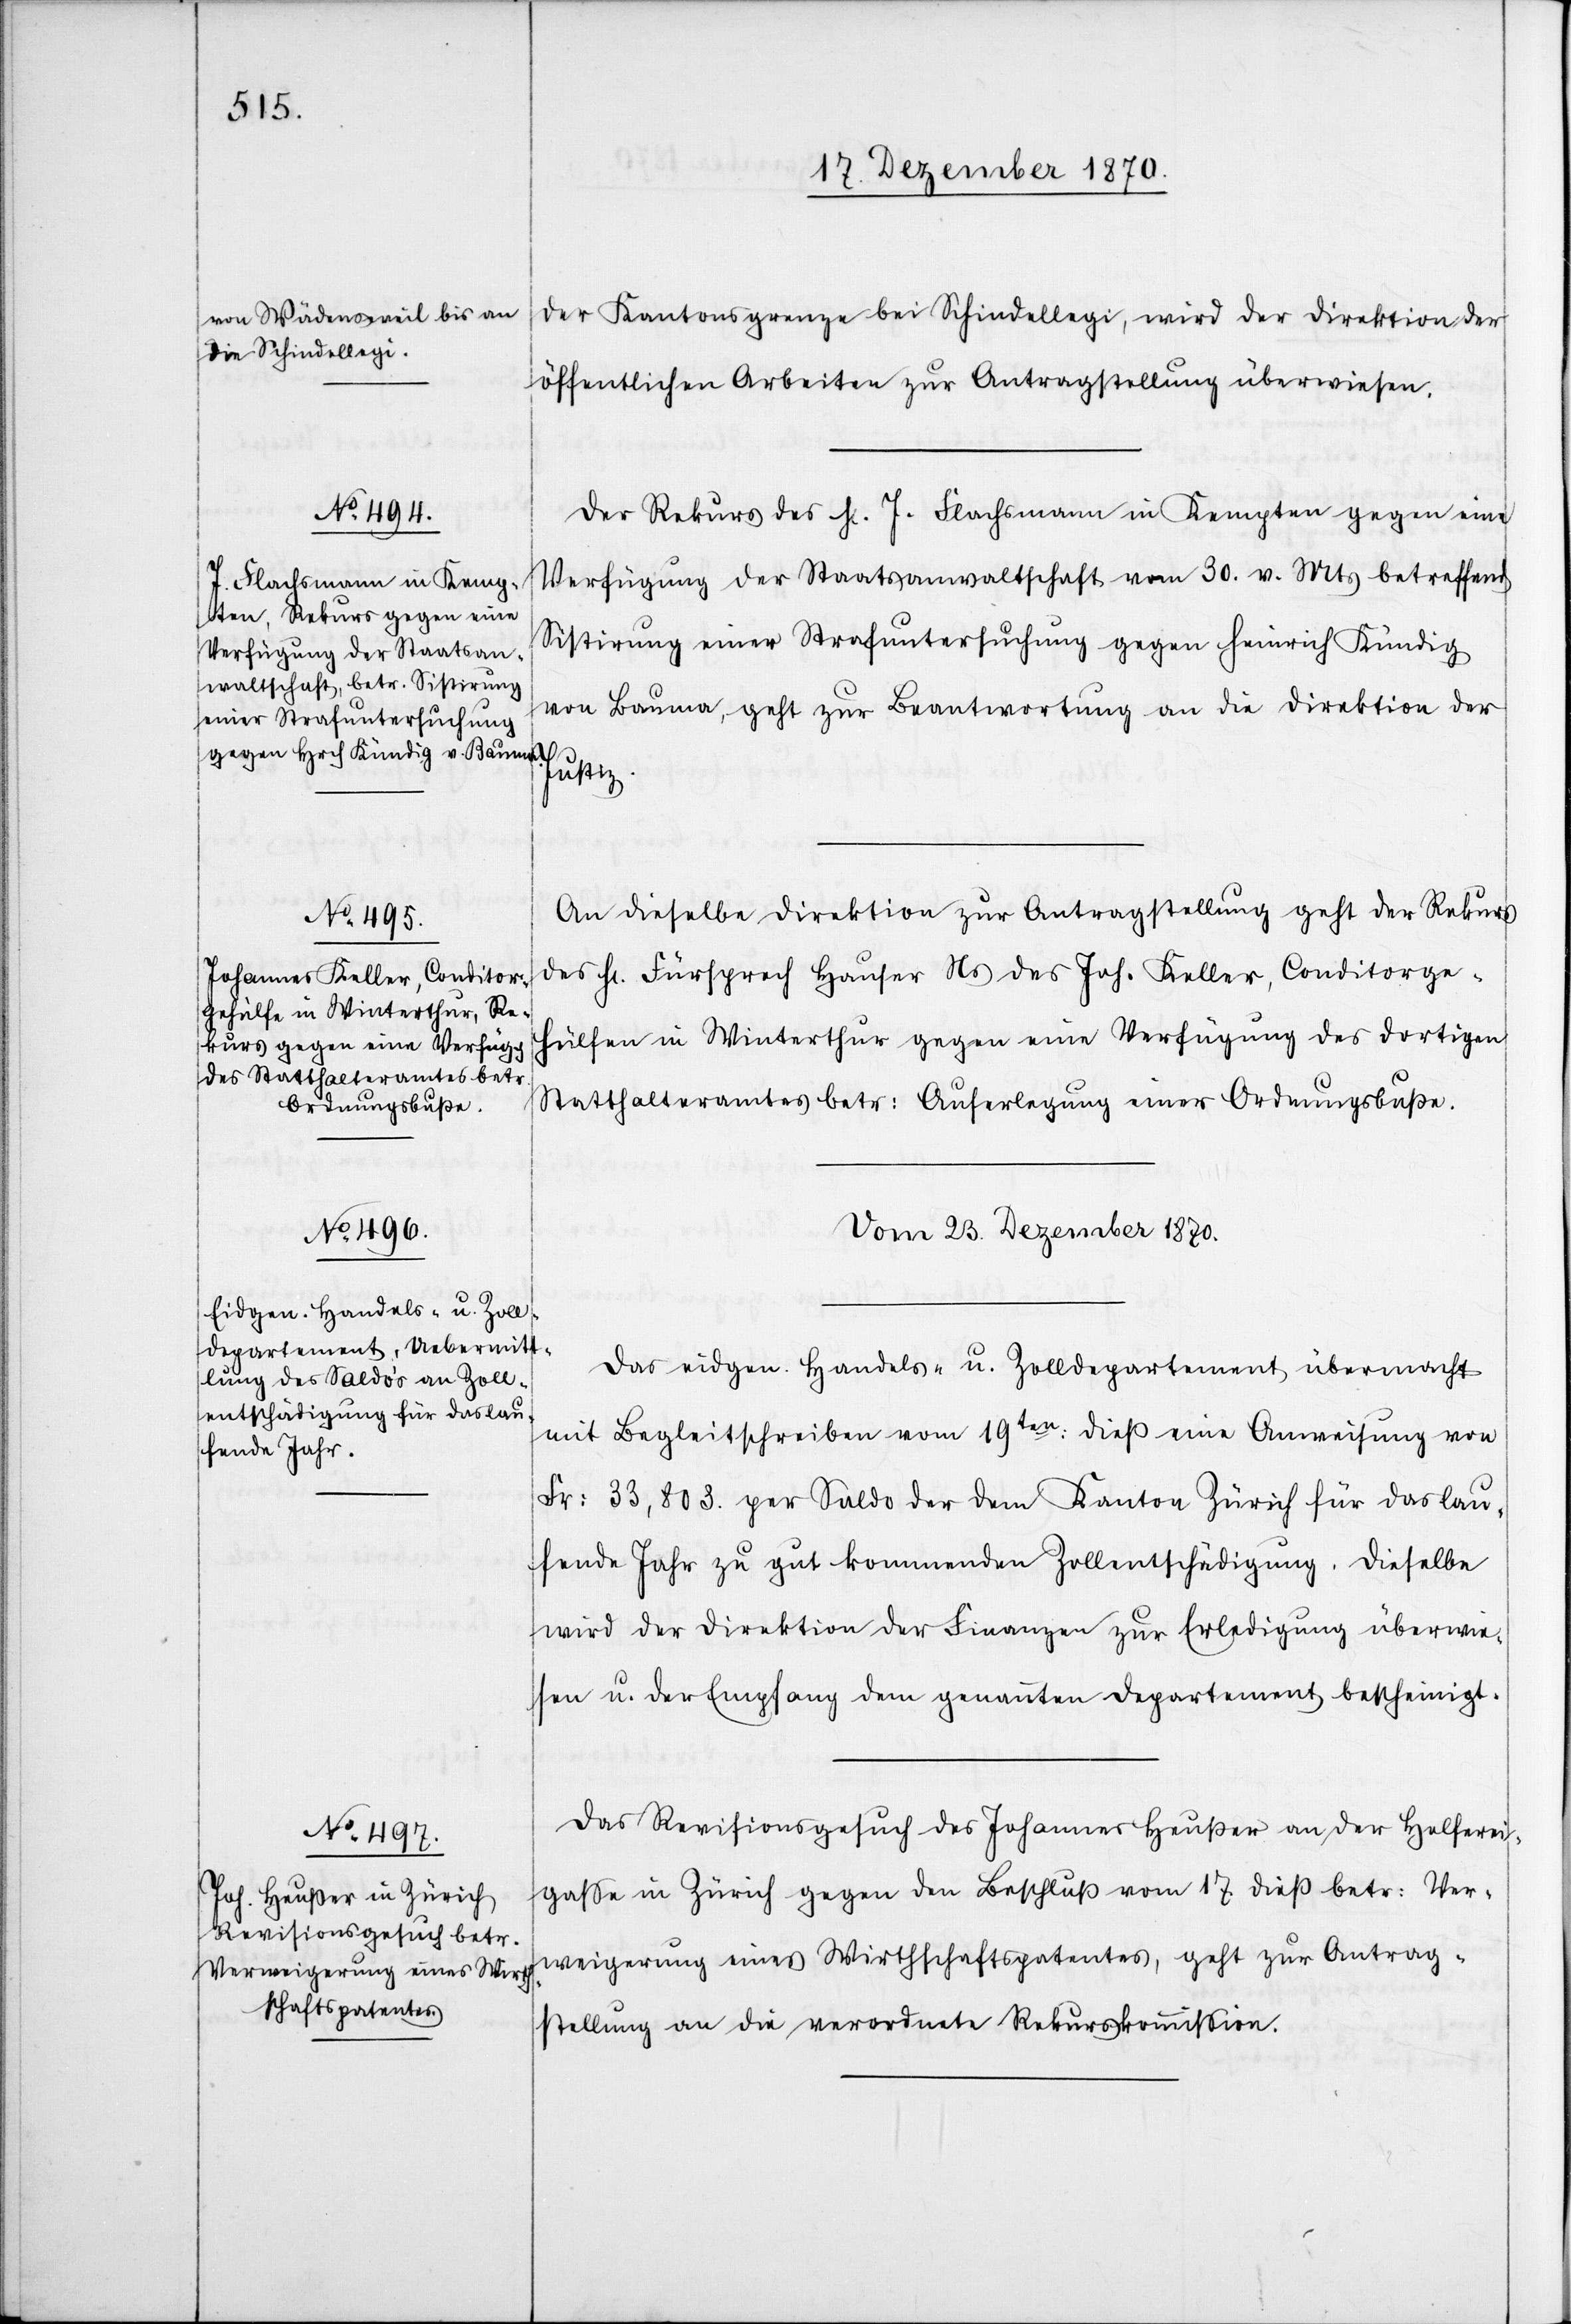
der Kantonsgrenze bei Schindellegi, wird der Direktion der
öffentlichen Arbeiten zur Antragstellung überwiesen.
Der Rekurs des H[errn] Flachsmann in Kempten gegen eine
Verfügung der Staatsanwaltschaft vom 30. v. Mts betreffend
Sistirung einer Strafuntersuchung gegen Heinrich Kündig
von Bauma, geht zur Beantwortung an die Direktion der
Justiz.
An dieselbe Direktion zur Antragstellung geht der Rekurs
des H[errn] Fürsprech Hauser Ns des Joh. Keller, Conditorge¬
hülfen in Winterthur gegen eine Verfügung des dortigen
Statthalteramtes betr: Auferlegung einer Ordnungsbuße.
Das eidgen. Handels- u. Zolldepartement übermacht
mit Begleitschreiben vom 19ten: dieß eine Anweisung von
Fr: 33,803. per Saldo der dem Kanton Zürich für das lau¬
fende Jahr zu gut kommenden Zollentschädigung. Dieselbe
wird der Direktion der Finanzen zur Erledigung überwie¬
sen u. der Empfang dem genannten Departement bescheinigt.
Das Revisionsgesuch des Johannes Heußer an der Helferei¬
gaße in Zürich gegen den Beschluß vom 17. dieß betr: Ver¬
weigerung eines Wirthschaftspatentes, geht zur Antrag¬
stellung an die verordnete Rekurskommißion.